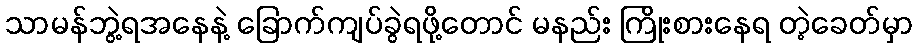
သာမန်ဘွဲ့ရအနေနဲ့ ခြောက်ကျပ်ခွဲရဖို့တောင် မနည်း ကြိုးစားနေရ တဲ့ခေတ်မှာ